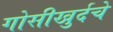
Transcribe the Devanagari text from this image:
गोसीखुर्दचे